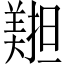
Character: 𦏄